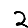
Digit: 2